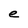
Character: e